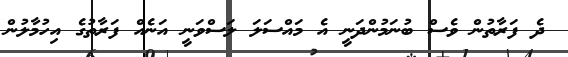
ދެ ފަރާތުން ވެސް ބުނަމުންދަނީ އެ މައްސަލަ ލަސްވަނީ އަނެއް ފަރާތުގެ އިހުމާލުން